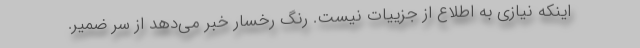
اینکه نیازی به اطلاع از جزییات نیست. رنگ رخسار خبر می‌دهد از سرّ ضمیر.